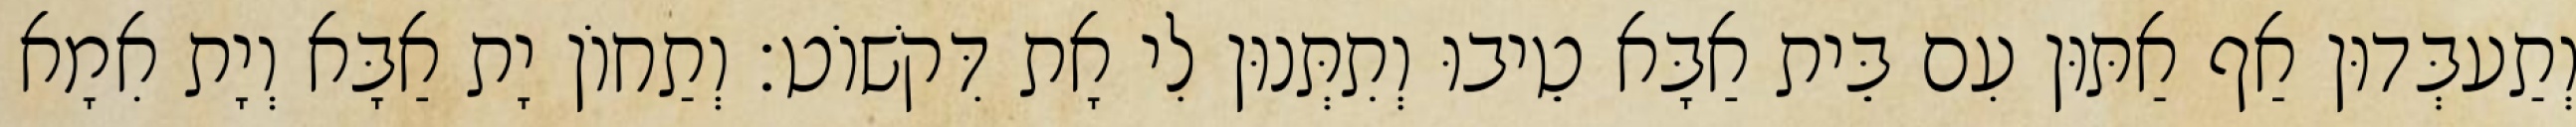
וְתַעבְּדוּן אַף אַתּוּן עִם בֵּית אַבָּא טֵיבוּ וְתִתְּנוּן לִי אָת דִּקשׁוֹט׃ וְתַחוֹן יָת אַבָּא וְיָת אִמָא